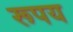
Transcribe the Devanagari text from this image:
रूपय